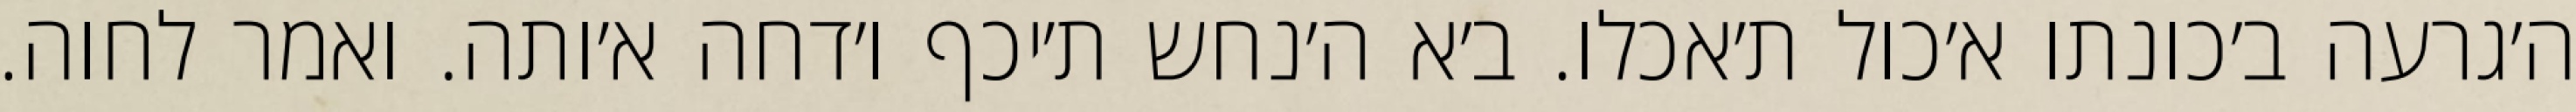
ה׳גרעה ב׳כונתו א׳כול ת׳אכלו. ב׳א ה׳נחש ת׳יכף ו׳דחה א׳ותה. ואמר לחוה.